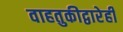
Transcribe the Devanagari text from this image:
वाहतुकीद्वारेही